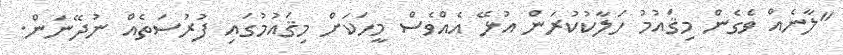
"ލާނެއް ވެގެން މިޤައުމު ހަލާކުކުރަން އުޅޭ އެއްވެސް މީހަކަށް މިޤައުމުގައި ފުރުސަތެއް ނުދޭނަން.